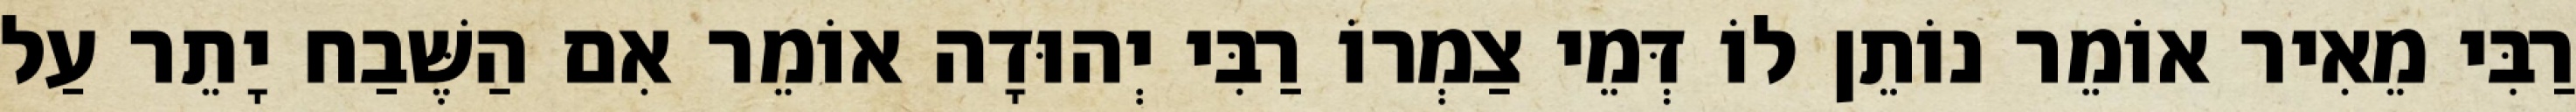
רַבִּי מֵאִיר אוֹמֵר נוֹתֵן לוֹ דְּמֵי צַמְרוֹ רַבִּי יְהוּדָה אוֹמֵר אִם הַשֶּׁבַח יָתֵר עַל